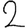
Digit: 2